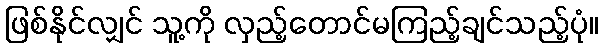
ဖြစ်နိုင်လျှင် သူ့ကို လှည့်တောင်မကြည့်ချင်သည့်ပုံ။